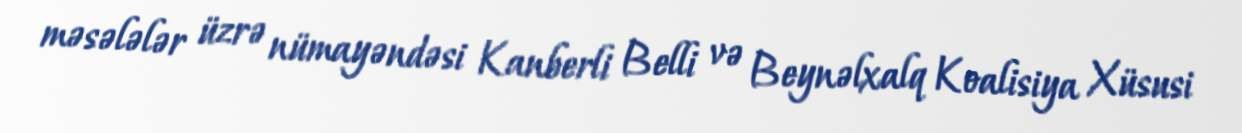
məsələlər üzrə nümayəndəsi Kanberli Belli və Beynəlxalq Koalisiya Xüsusi